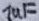
Text: 1uF